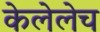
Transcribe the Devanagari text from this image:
केलेलेच